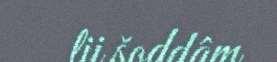
lii šoddâm